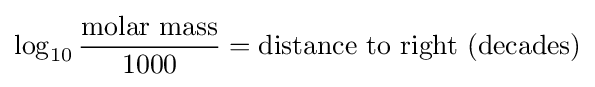
\log _{10}{\frac {\text{molar mass}}{1000}}={\text{distance to right (decades)}}